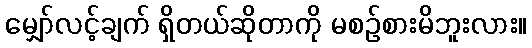
မျှော်လင့်ချက် ရှိတယ်ဆိုတာကို မစဉ်စားမိဘူးလား။